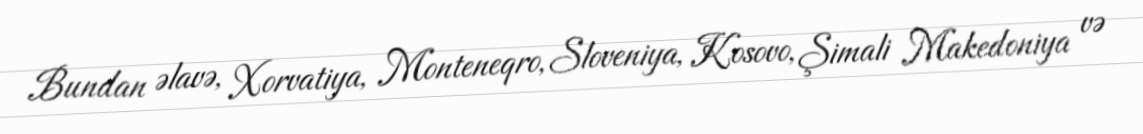
Bundan əlavə, Xorvatiya, Monteneqro, Sloveniya, Kosovo, Şimali Makedoniya və